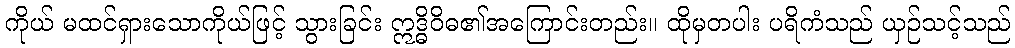
ကိုယ် မထင်ရှားသောကိုယ်ဖြင့် သွားခြင်း ဣဒ္ဓိဝိဓ၏အကြောင်းတည်း။ ထိုမှတပါး ပရိကံသည် ယှဉ်သင့်သည်